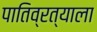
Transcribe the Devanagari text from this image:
पातिव्रत्याला